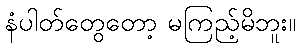
နံပါတ်တွေတော့ မကြည့်မိဘူး။